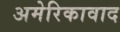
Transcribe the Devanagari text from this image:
अमेरिकावाद